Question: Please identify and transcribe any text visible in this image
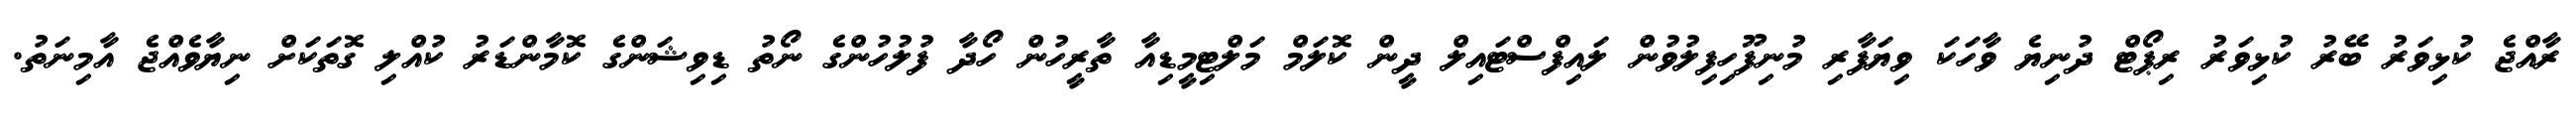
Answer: ރާއްޖެ ކުޅިވަރު ބޭރު ކުޅިވަރު ރިޕޯޓް ދުނިޔެ ވާހަކަ ވިޔަފާރި މުނިފޫހިފިލުވުން ލައިފްސްޓައިލް ދީން ކޮލަމް މަލްޓިމީޑިއާ ތާރީހުން ހޯދާ ފުލުހުންގެ ނޯތު ޑިވިޝަންގެ ކޮމާންޑަރު ކުއްލި ގޮތަކަށް ނިޔާވެއްޖެ އާމިނަތު.